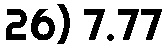
26) 7.77